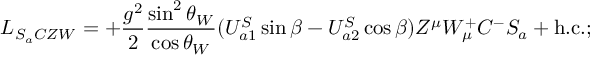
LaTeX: { \cal L } _ { S _ { a } C Z W } = + \frac { g ^ { 2 } } { 2 } \frac { \sin ^ { 2 } \theta _ { W } } { \cos \theta _ { W } } ( U _ { a 1 } ^ { S } \sin \beta - U _ { a 2 } ^ { S } \cos \beta ) Z ^ { \mu } W _ { \mu } ^ { + } C ^ { - } S _ { a } + \mathrm { h . c . } ;